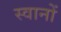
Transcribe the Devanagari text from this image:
स्वानों